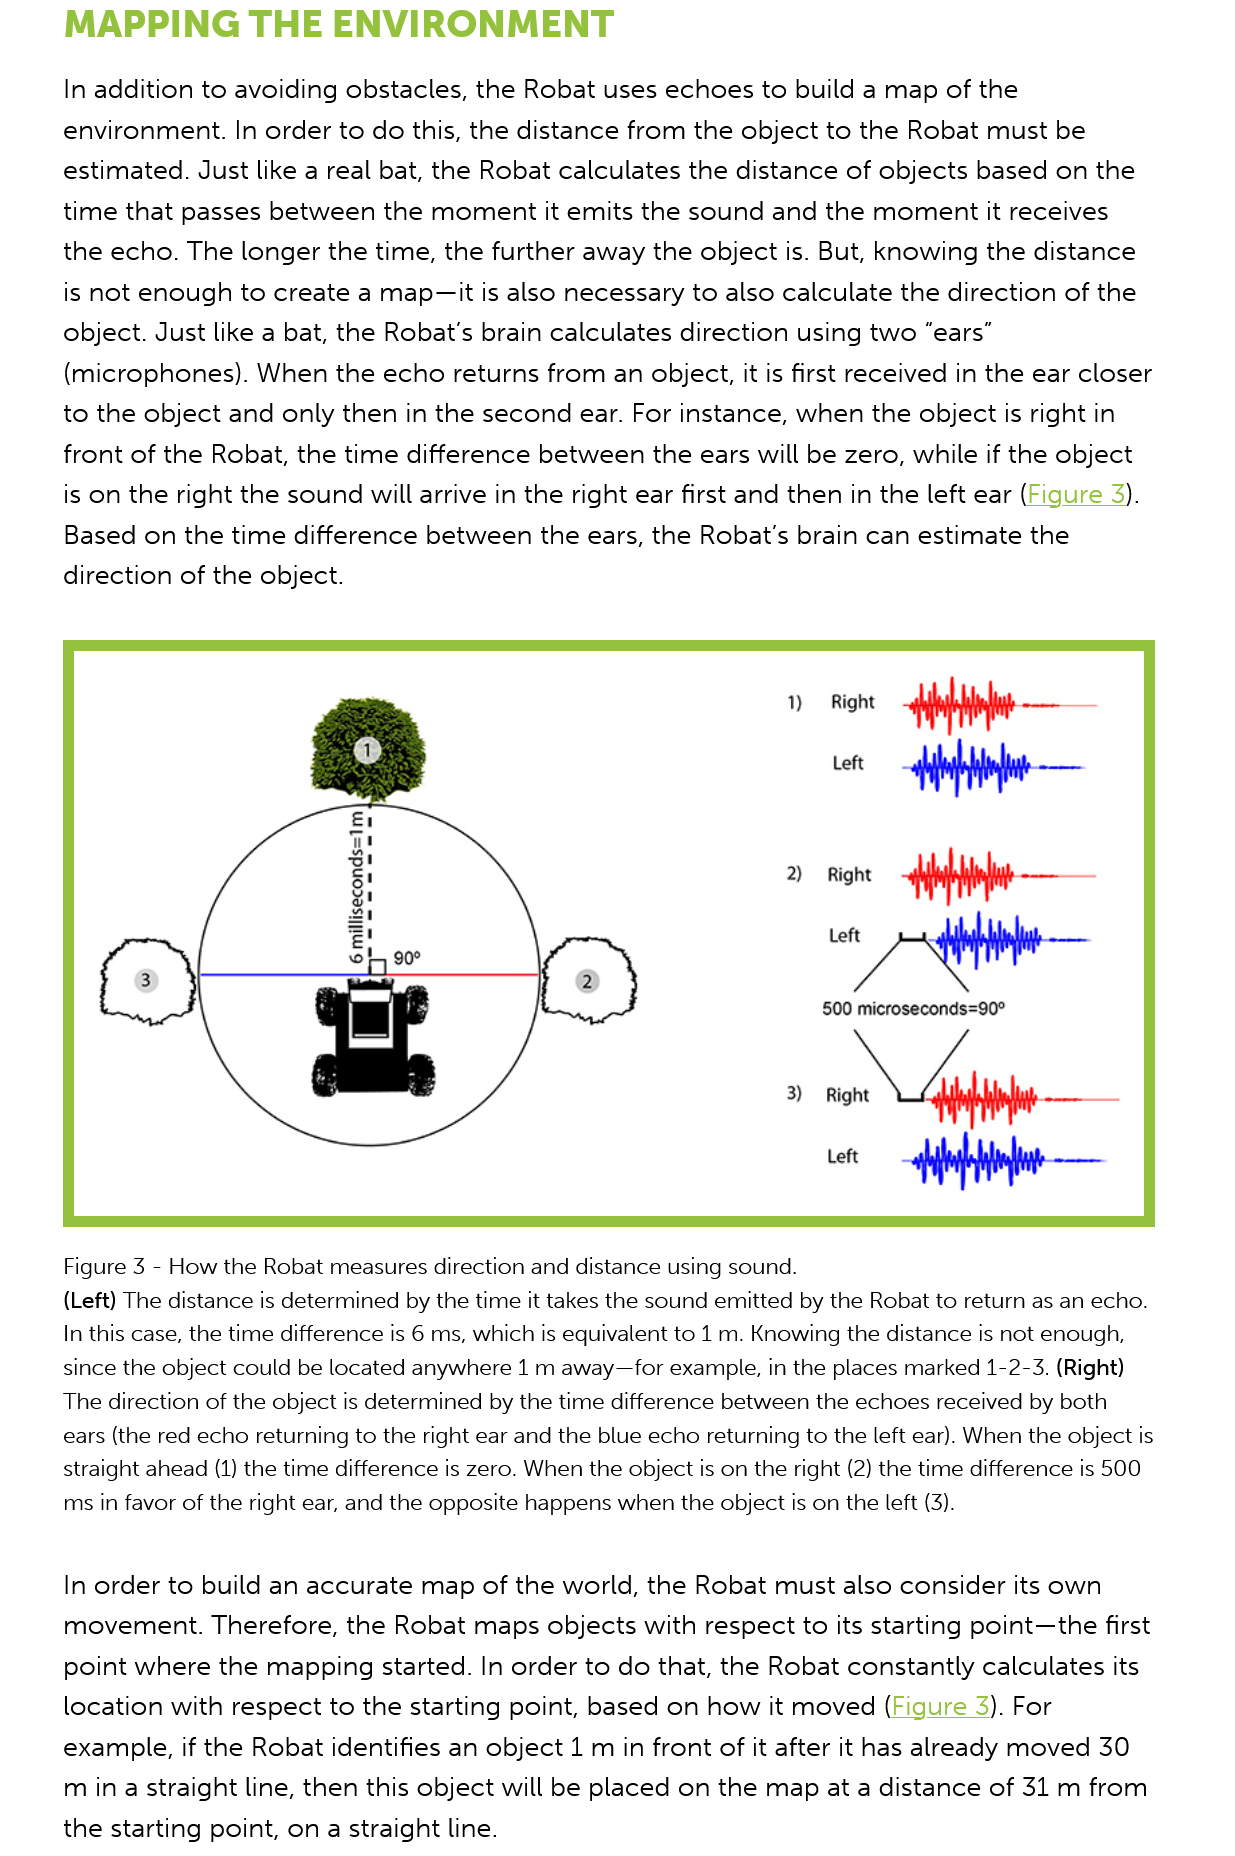
In addition to avoiding obstacles, the Robat uses echoes to  build a map of the
     environment.  In order to do this, the distance from the object to the Robat must  be
     estimated. Just like a real bat, the Robat calculates the distance of objects based on the
     time that passes between   the moment  it emits the sound  and  the moment  it receives
     the echo. The  longer the time, the further away the object is. But, knowing the distance
     is not enough  to create a map—it is also necessary to also calculate the direction of the
     object. Just like a bat, the Robat's brain calculates direction using two “ears”
     (microphones).  When   the echo returns from  an object, it is first received in the ear closer
     to the object and only then  in the second ear. For instance, when the object is right in
     front of the Robat, the time difference between the ears  will be zero, while if the object
     is on the right the sound will arrive in the right ear first and then in the left ear (Figure 3).
     Based  on the time difference between the   ears, the Robat’s brain can estimate the
     direction of the object.
     In order to build an accurate map of  the world, the Robat must  also consider its own
     movement.   Therefore,  the Robat maps  objects with  respect to its starting point—the first
     point where  the mapping started.  In order to do that, the Robat constantly calculates its
     location with respect to the starting point, based on how it moved   (Figure 3). For
     example, if the Robat identifies an object 1 m in front of it after it has already moved 30
     m  ina straight line, then this object will be placed on the map at a distance of 31 m from
     the starting point, on a straight line.
     Figure 3
     -
     How the Robat measures direction and distance using sound.
     (Left) The distance is determined by the time it takes the sound emitted by the Robat to return as an echo.
     In this case, the time difference is 6 ms, which is equivalent to 1m. Knowing the distance is not enough,
     since the object could be located anywhere 1m away—for example, in the places marked 1-2-3. (Right)
     The direction of the object is determined by the time difference between the echoes received by both
     ears (the red echo returning to the right ear and the blue echo returning to the left ear). When the object is
     straight ahead (1) the time difference is zero. When the object is on the right (2) the time difference is 500
     ms in favor of the right ear, and the opposite happens when the object is on the left (3).
     Left
     Right
     Left
     500 microseconds=90°
     Right
     Left
     3)
     WL=spuodesi||ilu
     9
     MAPPING    THE    ENVIRONMENT